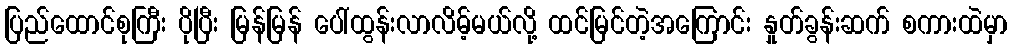
ပြည်ထောင်စုကြီး ပိုပြီး မြန်မြန် ပေါ်ထွန်းလာလိမ့်မယ်လို့ ထင်မြင်တဲ့အကြောင်း နှုတ်ခွန်းဆက် စကားထဲမှာ